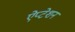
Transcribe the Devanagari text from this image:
ऐप्टेशन